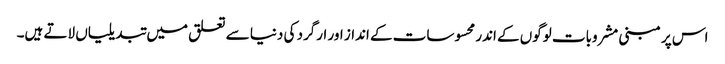
اس پر مبنی مشروبات لوگوں کے اندر محسوسات کے انداز اور ارگرد کی دنیا سے تعلق میں تبدیلیاں لاتے ہیں۔